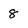
Character: 8